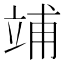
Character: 𥪀